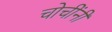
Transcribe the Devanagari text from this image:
चोचींनी